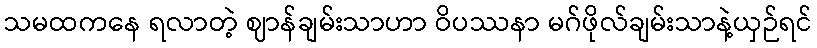
သမထကနေ ရလာတဲ့ ဈာန်ချမ်းသာဟာ ဝိပဿနာ မဂ်ဖိုလ်ချမ်းသာနဲ့ယှဉ်ရင်